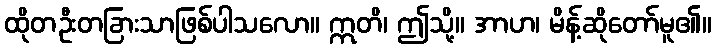
ထိုတဦးတခြားသာဖြစ်ပါသလော။ ဣတိ၊ ဤသို့။ အာဟ၊ မိန့်ဆိုတော်မူ၏။